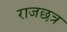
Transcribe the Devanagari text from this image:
राजछत्र